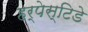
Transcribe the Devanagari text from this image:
हर्पेस्टिडे